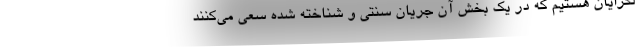
لگرایان هستیم که در یک بخش آن جریان سنتی و شناخته شده سعی می‌کنند